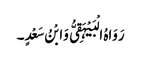
رَوَاہُ الْبَیْہَقِیُّ وَابْنُ سَعْدٍ۔